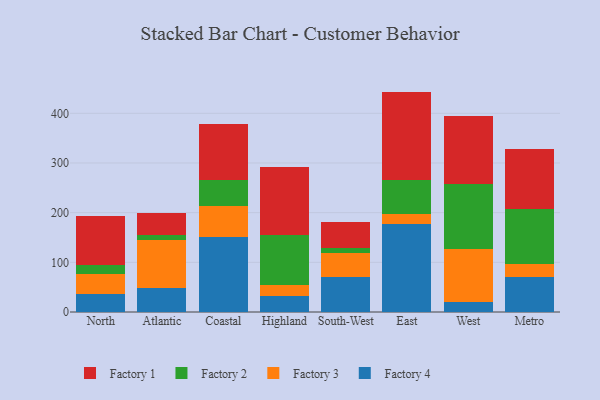
{"axis": {"x": "Region", "y": "Customer Acquisition Cost (USD)"}, "legend": ["Factory 1", "Factory 2", "Factory 3", "Factory 4"], "data": [{"x": "North", "y": 37.2, "type": "Factory 4"}, {"x": "North", "y": 39.3, "type": "Factory 3"}, {"x": "North", "y": 18.4, "type": "Factory 2"}, {"x": "North", "y": 98.8, "type": "Factory 1"}, {"x": "Atlantic", "y": 48.1, "type": "Factory 4"}, {"x": "Atlantic", "y": 96.5, "type": "Factory 3"}, {"x": "Atlantic", "y": 10.4, "type": "Factory 2"}, {"x": "Atlantic", "y": 44.4, "type": "Factory 1"}, {"x": "Coastal", "y": 150.6, "type": "Factory 4"}, {"x": "Coastal", "y": 62.6, "type": "Factory 3"}, {"x": "Coastal", "y": 53.2, "type": "Factory 2"}, {"x": "Coastal", "y": 112.1, "type": "Factory 1"}, {"x": "Highland", "y": 32.5, "type": "Factory 4"}, {"x": "Highland", "y": 21.3, "type": "Factory 3"}, {"x": "Highland", "y": 101.1, "type": "Factory 2"}, {"x": "Highland", "y": 136.5, "type": "Factory 1"}, {"x": "South-West", "y": 70.6, "type": "Factory 4"}, {"x": "South-West", "y": 48.7, "type": "Factory 3"}, {"x": "South-West", "y": 9.0, "type": "Factory 2"}, {"x": "South-West", "y": 53.0, "type": "Factory 1"}, {"x": "East", "y": 177.5, "type": "Factory 4"}, {"x": "East", "y": 20.6, "type": "Factory 3"}, {"x": "East", "y": 67.0, "type": "Factory 2"}, {"x": "East", "y": 178.6, "type": "Factory 1"}, {"x": "West", "y": 20.6, "type": "Factory 4"}, {"x": "West", "y": 105.9, "type": "Factory 3"}, {"x": "West", "y": 130.5, "type": "Factory 2"}, {"x": "West", "y": 138.1, "type": "Factory 1"}, {"x": "Metro", "y": 69.5, "type": "Factory 4"}, {"x": "Metro", "y": 26.5, "type": "Factory 3"}, {"x": "Metro", "y": 110.8, "type": "Factory 2"}, {"x": "Metro", "y": 121.9, "type": "Factory 1"}]}